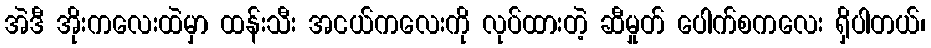
အဲဒီ အိုးကလေးထဲမှာ ထန်းသီး အငယ်ကလေးကို လုပ်ထားတဲ့ ဆီမှုတ် ပေါက်စကလေး ရှိပါတယ်၊